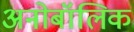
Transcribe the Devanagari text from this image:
अनोबॉलिक